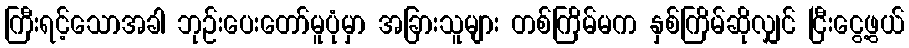
ကြီးရင့်သောအခါ ဘုဉ်းပေးတော်မူပုံမှာ အခြားသူများ တစ်ကြိမ်မက နှစ်ကြိမ်ဆိုလျှင် ငြီးငွေ့ဖွယ်